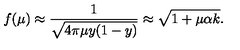
f ( \mu ) \approx \frac { 1 } { \sqrt { 4 \pi \mu y ( 1 - y ) } } \approx \sqrt { 1 + \mu \alpha k } .